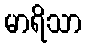
မာရိသာ